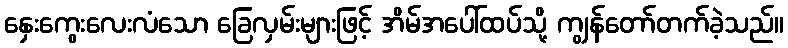
နှေးကွေးလေးလံသော ခြေလှမ်းများဖြင့် အိမ်အပေါ်ထပ်သို့ ကျွန်တော်တက်ခဲ့သည်။